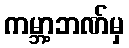
ကမ္ဘာ့ဘဏ်မှ